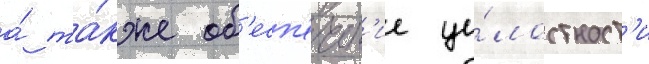
а́ та́кже об'есп'ечен'ие це́лостност'и